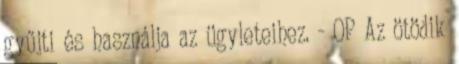
gyűjti és használja az ügyleteihez. - OP Az ötödik